Indian journal of veterinary science and animal husbandry - Volumes 22-23, 1952-1953
Year: 1952
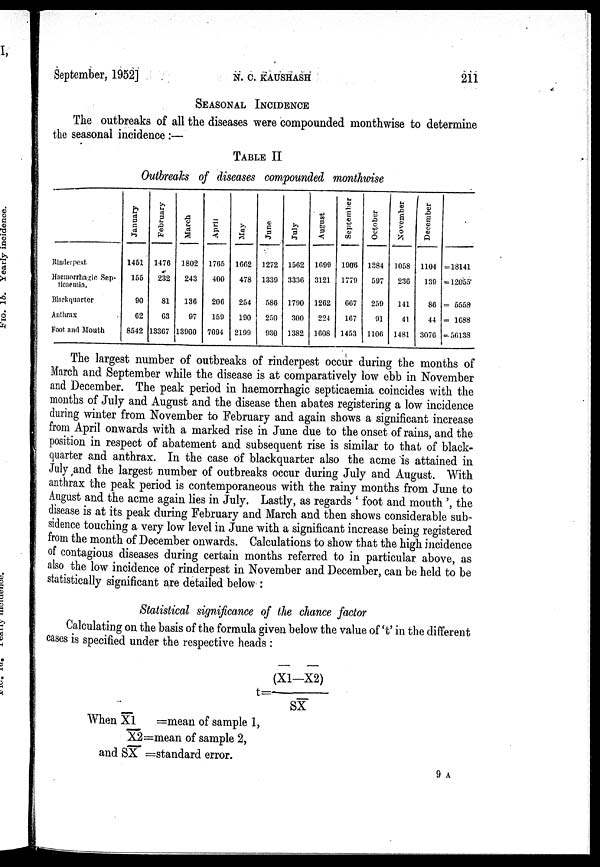
September, 1952]
N.
C. KAUSHASH 211
SEASONAL INCIDENCE
The outbreaks of all the diseases were compounded monthwise to determine
the seasonal incidence :—
TABLE II
Outbreaks of diseases compounded monthwise
Rinderpest
Haemorrhage Sep-
ticaemia.
Blackquarter
Anthrax
Foot and Mouth
January
1451
155
90
02
8542
February
1476
232
81
63
13307
March
1802
243
136
97
13900
April
1705
400
200
159
7094
May
1662
478
254
190
2199
June
1272
1339
580
250
930
July
1502
3330
1790
300
1382
August
1099
3121
1202
224
1608
September
1906
1779
007
107
1453
October
1384
597
259
91
1100
November
1058
230
141
41
1481
December
1104
139
80
44
3070
=18141
= 12055
= 5558
= 1088
= 56138
The largest number of outbreaks of rinderpest occur during the months of
March and September while the disease is at comparatively low ebb in November
and December. The peak period in haemorrhagic septicaemia coincides with the
months of July and August and the disease then abates registering a low incidence
during winter from November to February and again shows a significant increase
from April onwards with a marked rise in June due to the onset of rains, and the
position in respect of abatement and subsequent rise is similar to that of black-
quarter and anthrax. In the case of blackquarter also the acme is attained in
July and the largest number of outbreaks occur during July and August. With
anthrax the peak period is contemporaneous with the rainy months from June to
August and the acme again lies in July. Lastly, as regards 'foot and mouth', the
disease is at its peak during February and March and then shows considerable sub-
sidence touching a very low level in June with a significant increase being registered
from the month of December onwards. Calculations to show that the high incidence
of contagious diseases during certain months referred to in particular above, as
also the low incidence of rinderpest in November and December, can be held to be
statistically significant are detailed below :
Statistical significance of the chance factor
Calculating on the basis of the formula given below the value of 't' in the different
cases is specified under the respective heads :
t= (X1—X2)/SX
When X1 = mean of sample 1,
X2=mean of sample 2,
and SX =standard error.
9 A